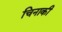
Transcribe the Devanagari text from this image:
चिनाकी